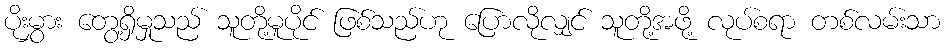
ပိုးမွှား တွေ့ရှိမှုသည် သူတို့မူပိုင် ဖြစ်သည်ဟု ပြောလိုလျှင် သူတို့အဖို့ လုပ်စရာ တစ်လမ်းသာ